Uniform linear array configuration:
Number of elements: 24
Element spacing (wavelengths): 0.25
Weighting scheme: cosine
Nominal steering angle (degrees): -15
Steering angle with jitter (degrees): -16.371
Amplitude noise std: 0.05
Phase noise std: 0.05

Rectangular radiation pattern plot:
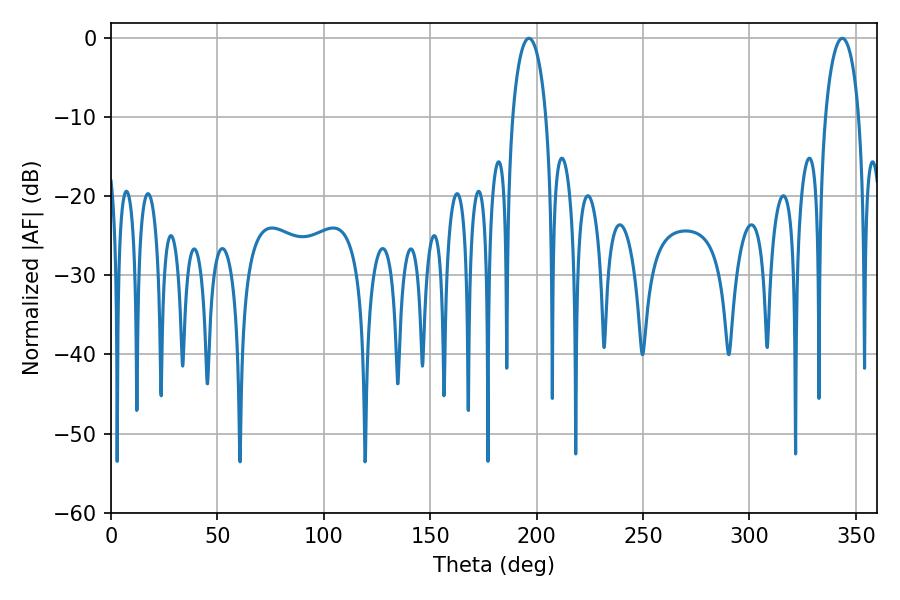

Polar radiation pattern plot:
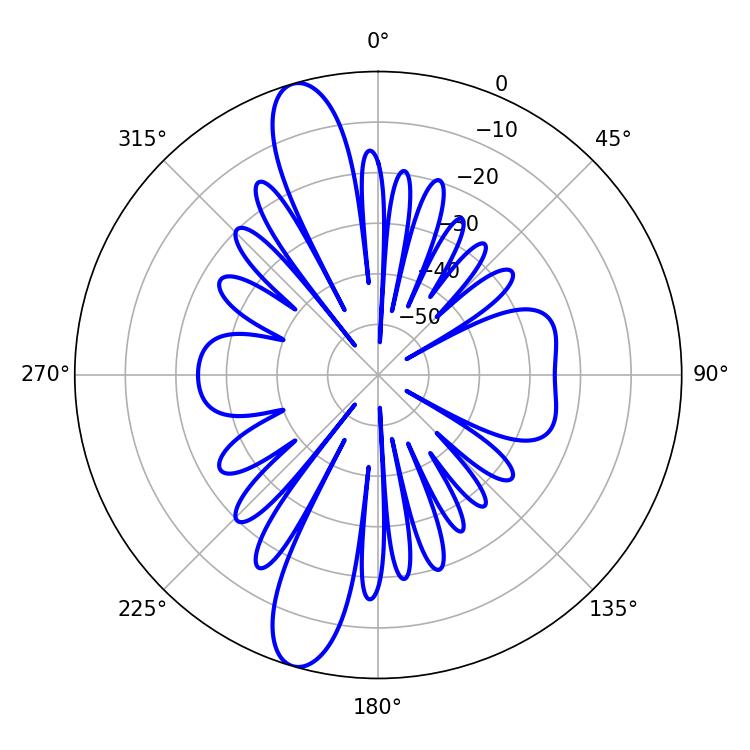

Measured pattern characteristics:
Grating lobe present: FALSE
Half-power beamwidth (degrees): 9
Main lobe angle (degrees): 196.38